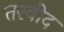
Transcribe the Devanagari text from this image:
तरवीद